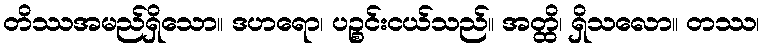
တိဿအမည်ရှိသော။ ဒဟရော၊ ပဉ္စင်းငယ်သည်။ အတ္ထိ၊ ရှိသလော။ တဿ၊